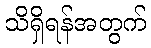
သိရှိရန်အတွက်